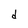
Character: d